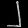
Digit: ၂